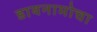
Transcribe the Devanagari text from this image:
डायनामोचा